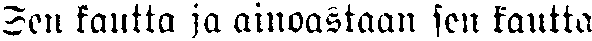
Sen kautta ja ainoastaan sen kautta